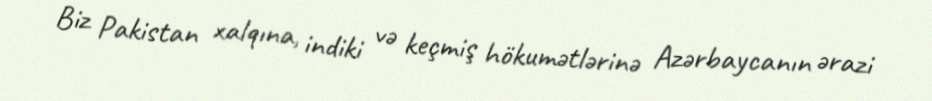
Biz Pakistan xalqına, indiki və keçmiş hökumətlərinə Azərbaycanın ərazi